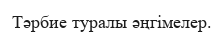
Тәрбие туралы әңгімелер.